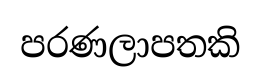
පරණලාපතකි